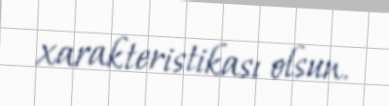
xarakteristikası olsun.